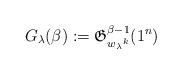
LaTeX: \begin{gather*}G_{\lambda}(\beta):={\mathfrak G}_{{w_{\lambda}}^{k}}^{\beta-1}(1^n)\end{gather*}